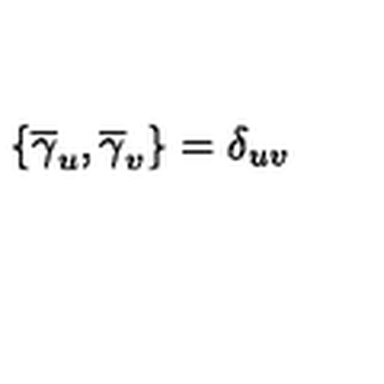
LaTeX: \left\{ \overline { { \gamma } } _ { u } , \overline { { \gamma } } _ { v } \right\} = \delta _ { u v }